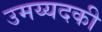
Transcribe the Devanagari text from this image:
उमय्यदकी